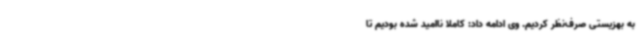
به بهزیستی صرف‌نظر کردیم. وی ادامه داد: کاملا ناامید شده بودیم تا